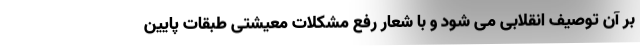
بر آن توصیف انقلابی می شود و با شعار رفع مشکلات معیشتی طبقات پایین